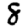
Digit: 8